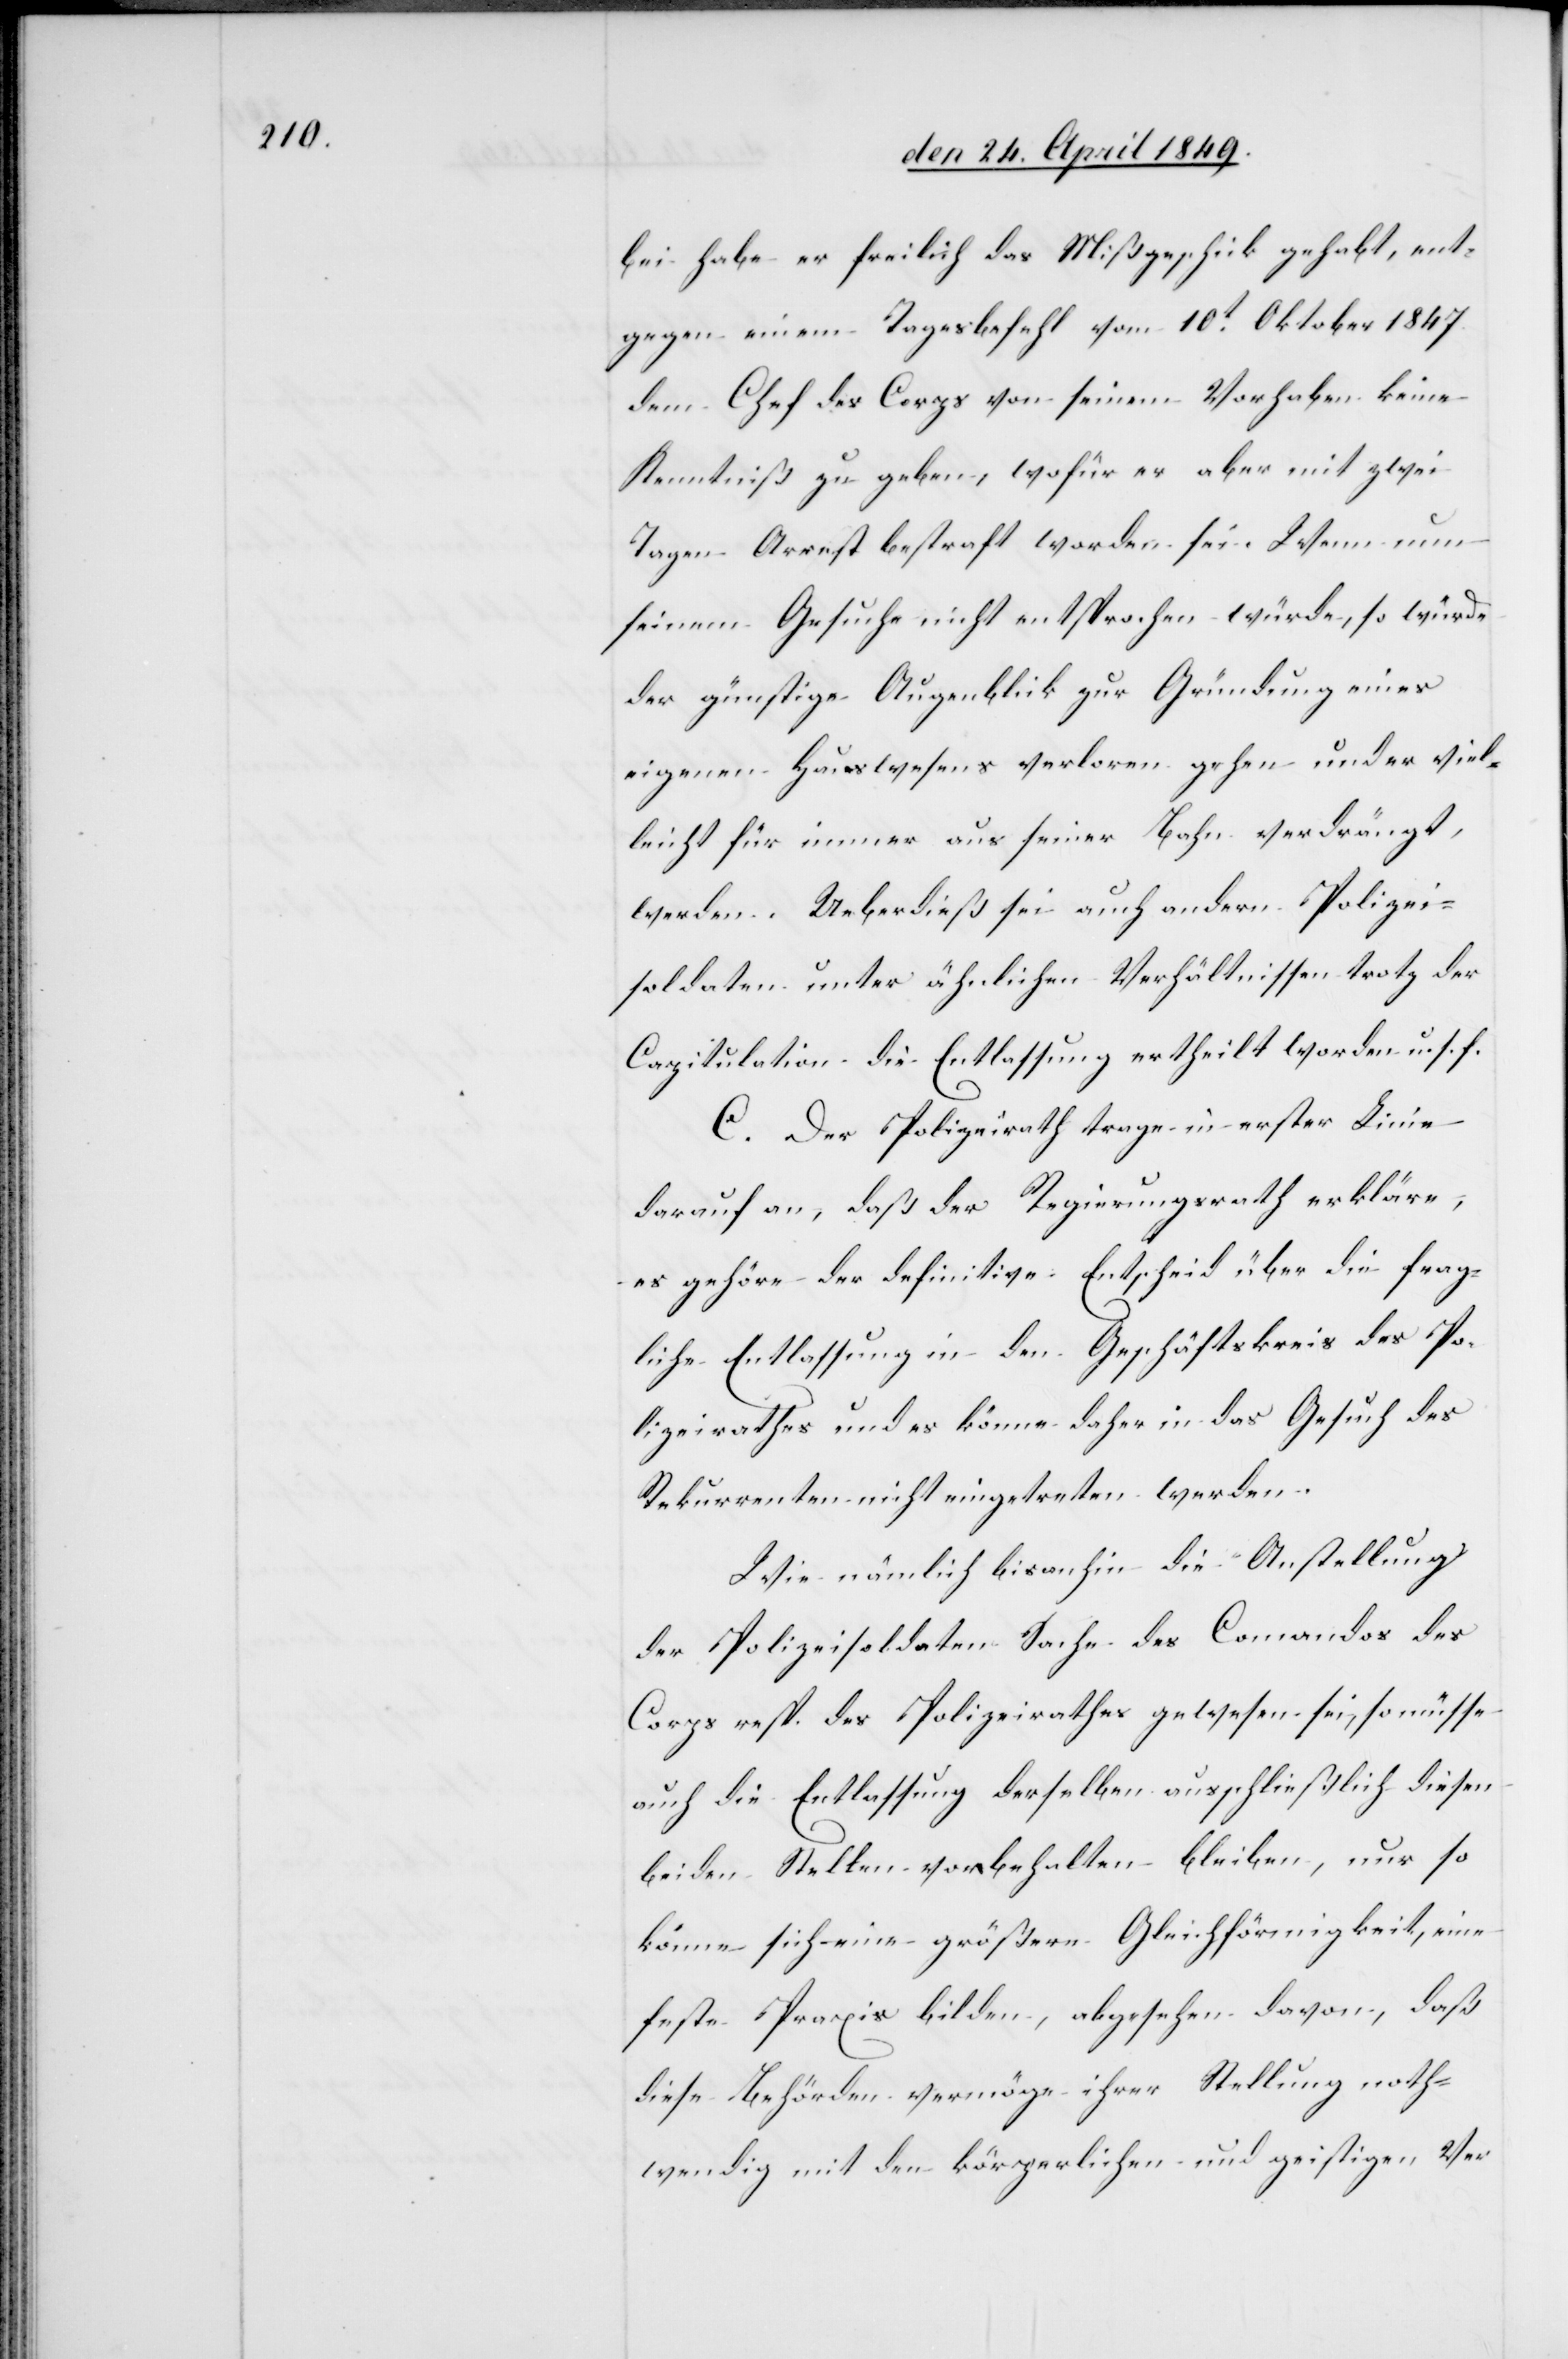
bei habe er freilich das Mißgeschick gehabt, ent¬
gegen einem Tagesbefehl vom 10t Oktober 1847.
dem Chef des Corps von seinem Vorhaben keine
Kenntniß zu geben, wofür er aber mit zwei
Tagen Arrest bestraft worden sei. Wenn nun
seinem Gesuche nicht entsprochen würde, so würde
der günstige Augenblick zur Gründung eines
eigenen Hauswesens verloren gehen und er viel¬
leicht für immer aus seiner Bahn verdrängt,
werden. Ueberdieß sei auch anderen Polizei¬
soldaten unter ähnlichen Verhältnissen trotz der
Capitulation die Entlassung ertheilt worden u. s. f.
C. Der Polizeirath trage in erster Linie
darauf an, daß der Regierungsrath erkläre,
es gehöre der definitive Entscheid über die frag¬
liche Entlassung in den Geschäftskreis des Po¬
lizeirathes und es könne daher in das Gesuch des
Rekurrenten nicht eingetreten werden.
Wie nämlich bisanhin die Anstellung
der Polizeisoldaten Sache des Comandos des
Corps resp. des Polizeirathes gewesen sei, so müsse
auch die Entlassung derselben ausschließlich diesen
beiden Stellen vorbehalten bleiben, nur so
könne sich eine größere Gleichförmigkeit, eine
feste Praxis bilden, abgesehen davon, daß
diese Behörden vermöge ihrer Stellung noth¬
wendig mit den körperlichen und geistigen Ver-